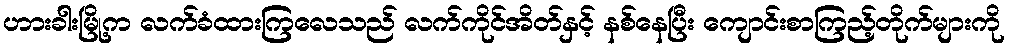
ဟားခါးမြို့က လက်ခံထားကြလေသည် လက်ကိုင်အိတ်နှင့် နစ်နေပြီး ကျောင်းစာကြည့်တိုက်များကို